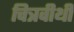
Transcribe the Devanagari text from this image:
चित्रवीथी